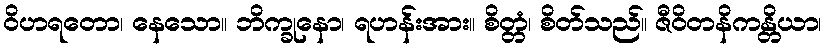
ဝိဟရတော၊ နေသော။ ဘိက္ခုနော၊ ရဟန်းအား။ စိတ္တံ၊ စိတ်သည်။ ဇီဝိတနိကန္တိယာ၊